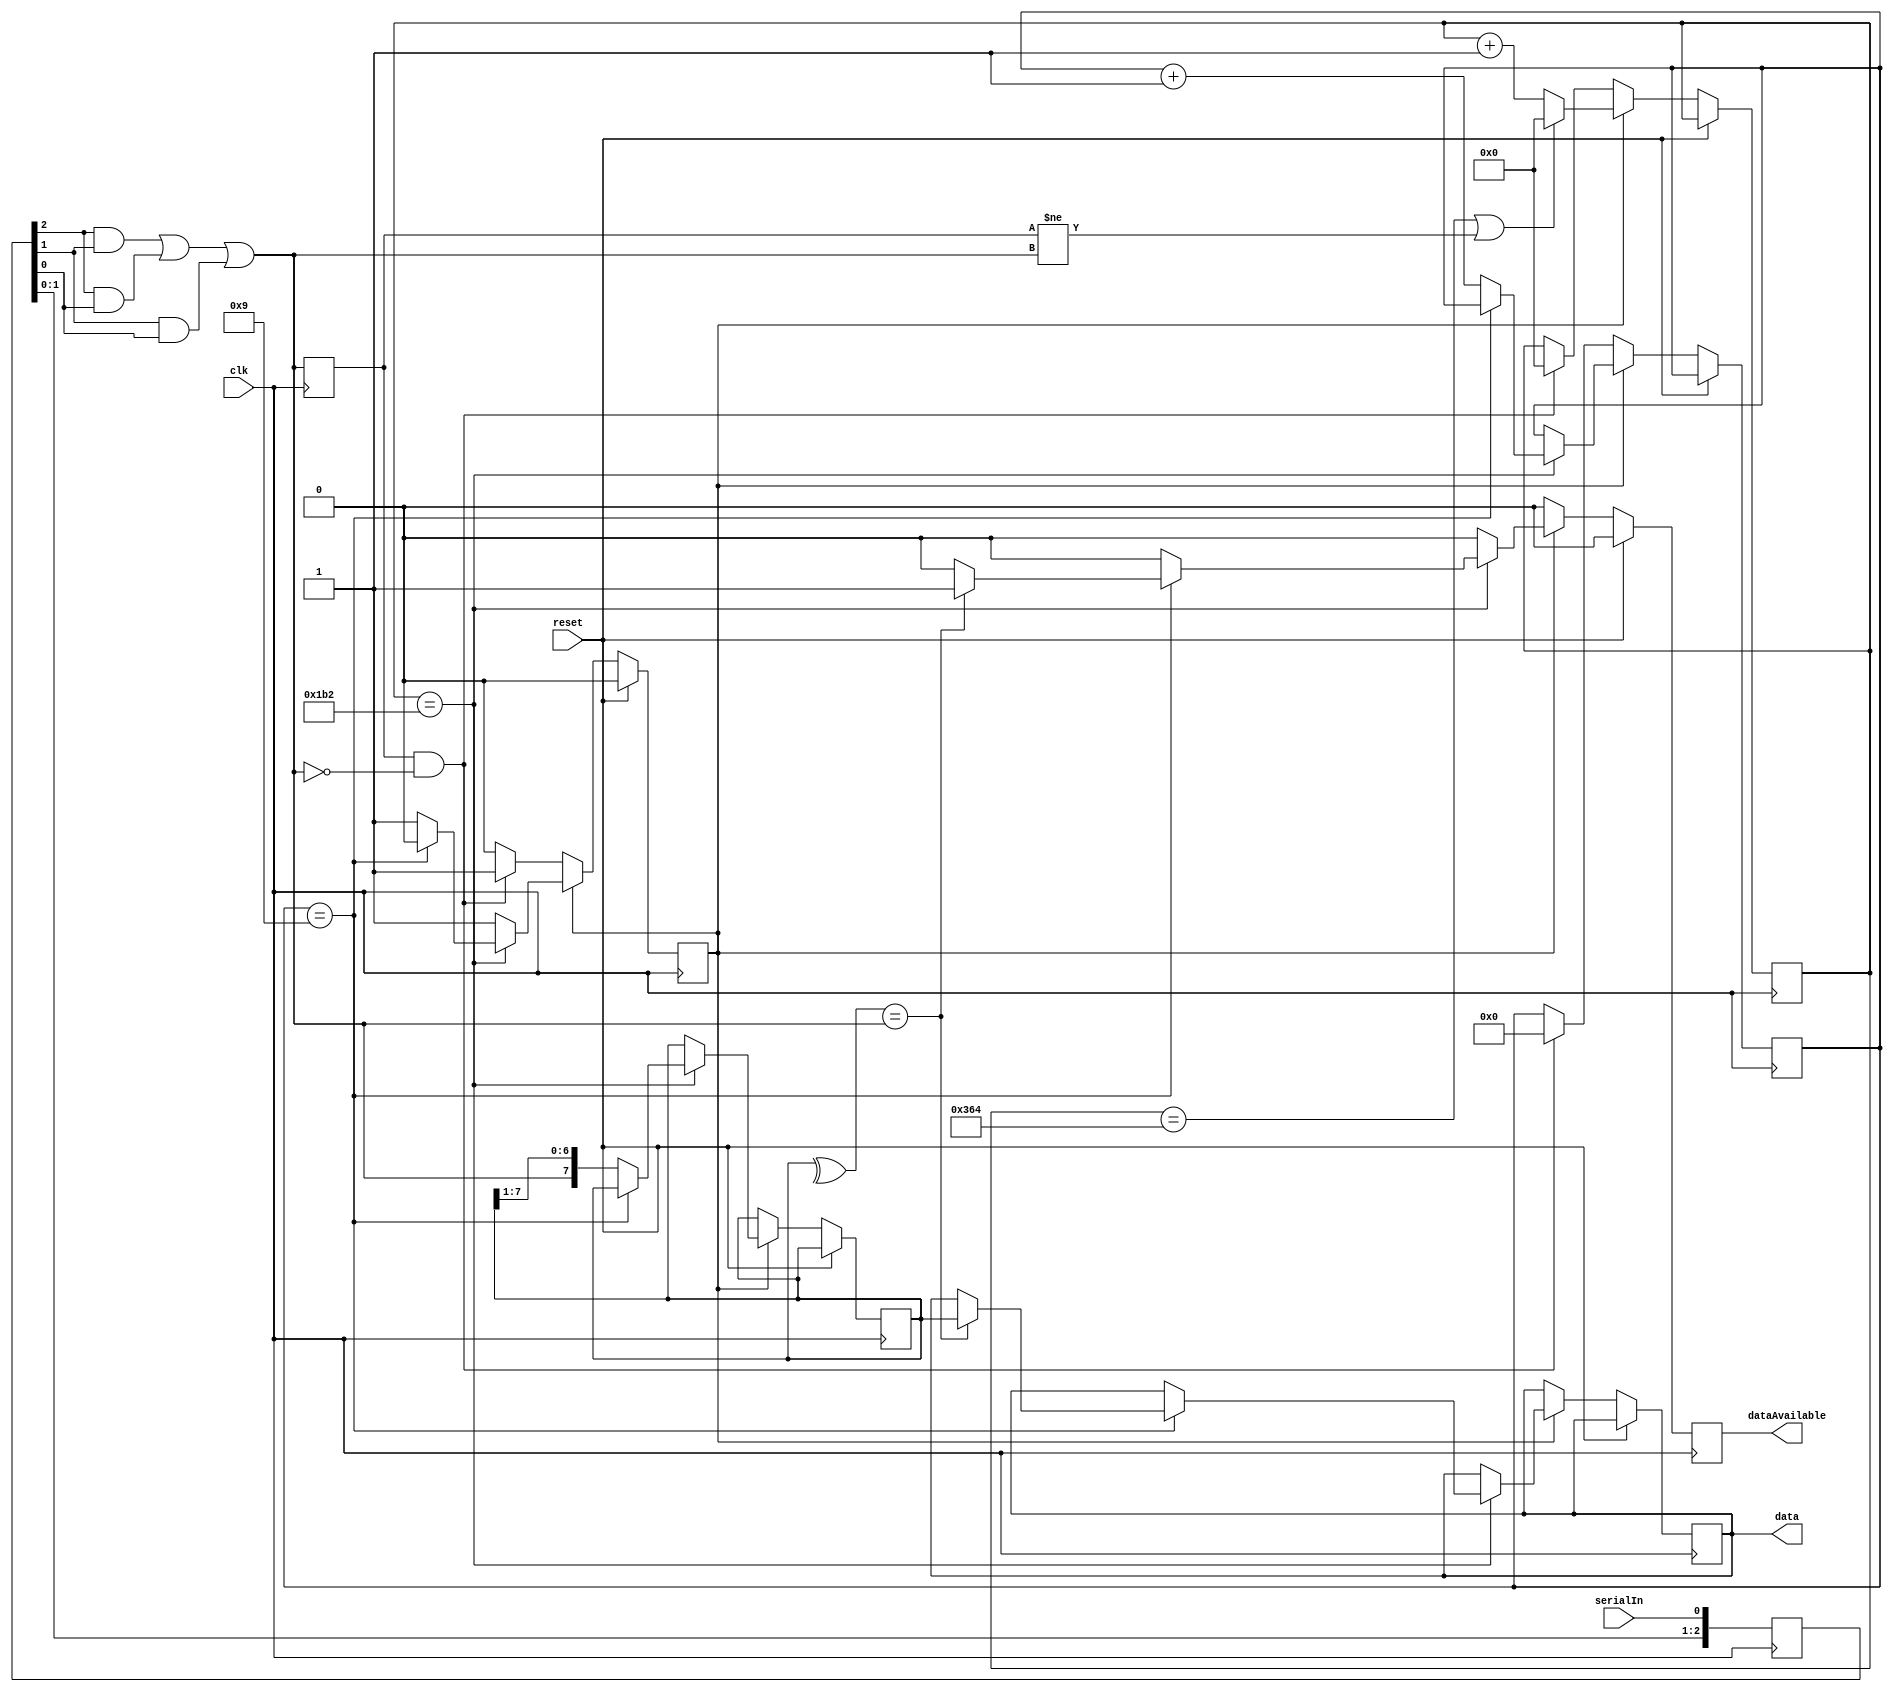
/*
 * UART Receiver
 */

module uartReceiver (
  input clk,
  input reset,
  input serialIn,
  output reg [7:0] data,
  output reg dataAvailable
);

  parameter CLOCKS_PER_BIT = 868;
  
  reg [2:0] history;
  wire filtered;
  reg prevFiltered;
  
  assign filtered = (history[2] && history[1]) ||
                    (history[2] && history[0]) ||
                    (history[1] && history[0]);
  
  always @(posedge clk)
  begin
    history <= {history[1:0], serialIn};
    prevFiltered <= filtered;
  end
  
  reg state;
  reg [7:0] shiftIn;
  reg [3:0] bitCount;
  reg [15:0] timer;
  
  always @(posedge clk)
  begin
    
    dataAvailable <= 0;
    
    if (reset)
    begin
      
      state <= 0;
      
    end
    else if (state == 0)
    begin
      
      if (prevFiltered && !filtered)
      begin
        state <= 1;
        timer <= 0;
        bitCount <= 0;
      end
      
    end
    else if (state == 1)
    begin
      
      if ((timer == CLOCKS_PER_BIT ) || (prevFiltered != filtered))
        timer <= 0;
      else
        timer <= timer + 1;
        
      if (timer == CLOCKS_PER_BIT/2)
      begin
        
        if (bitCount == 9)
        begin
          
          state <= 0;
          
          if (^shiftIn == filtered)
          begin
            
            dataAvailable <= 1;
            data <= shiftIn;
            
          end
          
        end
        else
        begin
          
          shiftIn <= {filtered, shiftIn[7:1]};
          bitCount <= bitCount + 1;
          
        end
        
      end
      
    end
    
  end
  
endmodule